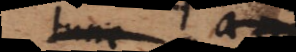
tunc e